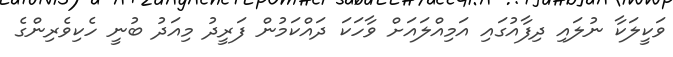
ވަކީލަކާ ނުލައި ދިފާއުގައި އަމިއްލައަށް ވާހަކަ ދައްކަމުން ފަރީދު މިއަދު ބުނީ ހެކިވެރިންގެ